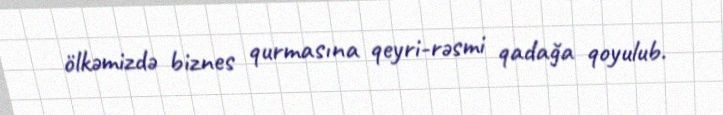
ölkəmizdə biznes qurmasına qeyri-rəsmi qadağa qoyulub.